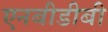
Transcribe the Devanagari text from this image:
एनबीडीबी